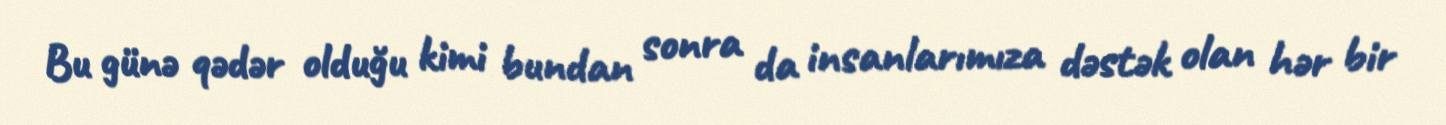
Bu günə qədər olduğu kimi bundan sonra da insanlarımıza dəstək olan hər bir